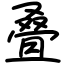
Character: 叠